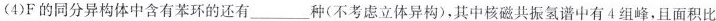
(4)F的同分异构体中含有苯环的还有___种(不考虑立体异构)，其中核磁共振氢谱中有4组峰，且面积比